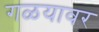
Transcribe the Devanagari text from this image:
गळयावर